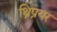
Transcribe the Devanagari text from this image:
थ्रिप्रयर